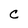
Character: C